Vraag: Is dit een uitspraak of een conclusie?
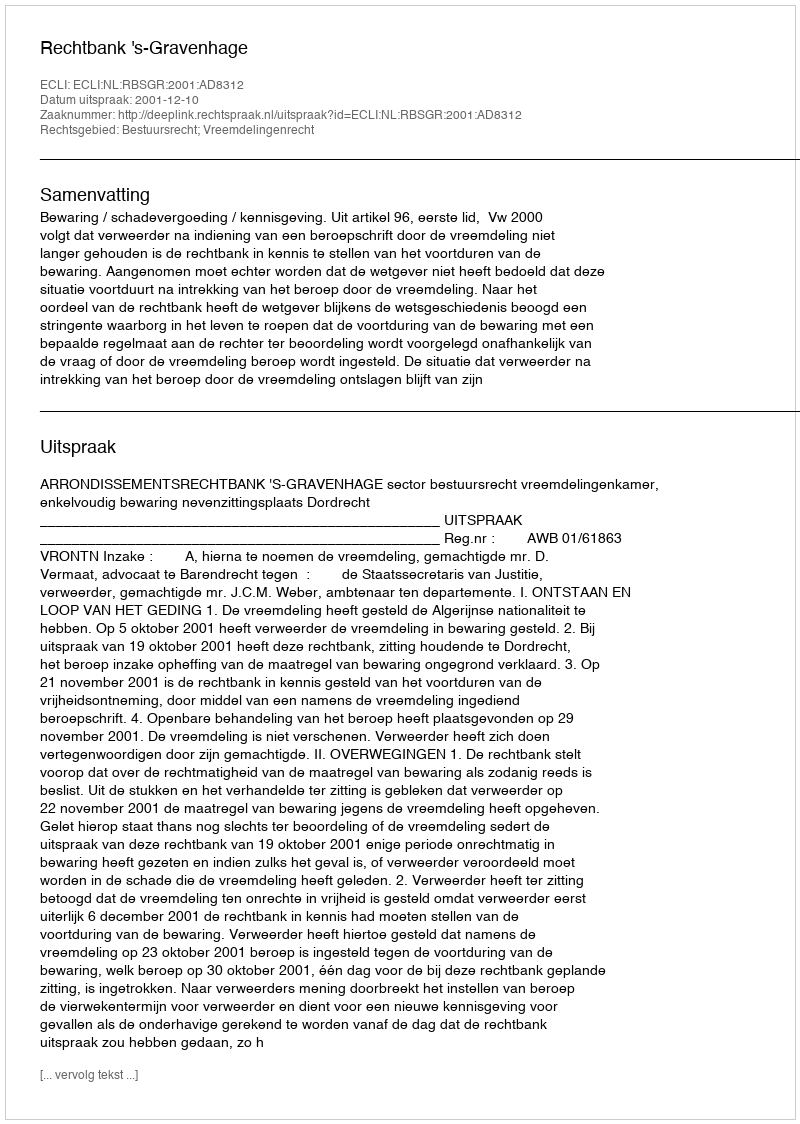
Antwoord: Uitspraak